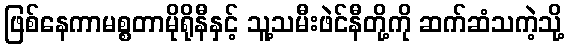
ဖြစ်နေကာမစ္စတာမိုရိုနီနှင့် သူ့သမီးဖဲင်နီတို့ကို ဆက်ဆံသကဲ့သို့